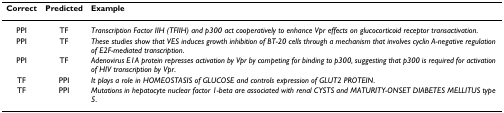
<table><thead><tr><td><b>Correct</b></td><td><b>Predicted</b></td><td><b>Example</b></td></tr></thead><tbody><tr><td>PPI</td><td>TF</td><td><i>Transcription Factor IIH (TFIIH) and p300 act cooperatively to enhance Vpr effects on glucocorticoid receptor transactivation</i>.</td></tr><tr><td>PPI</td><td>TF</td><td><i>These studies show that VES induces growth inhibition of BT-20 cells through a mechanism that involves cyclin A-negative regulation of E2F-mediated transcription</i>.</td></tr><tr><td>PPI</td><td>TF</td><td><i>Adenovirus E1A protein represses activation by Vpr by competing for binding to p300, suggesting that p300 is required for activation of HIV transcription by Vpr</i>.</td></tr><tr><td>TF</td><td>PPI</td><td><i>It plays a role in HOMEOSTASIS of GLUCOSE and controls expression of GLUT2 PROTEIN</i>.</td></tr><tr><td>TF</td><td>PPI</td><td><i>Mutations in hepatocyte nuclear factor 1-beta are associated with renal CYSTS and MATURITY-ONSET DIABETES MELLITUS type 5</i>.</td></tr></tbody></table>